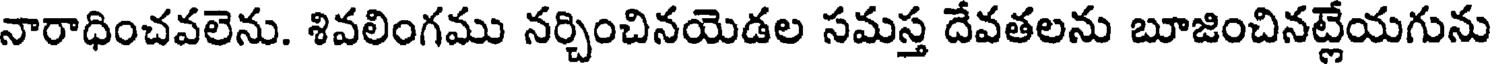
నారాధించవలెను. శివలింగము నర్చించినయెడల సమస్త దేవతలను బూజించినట్లేయగును